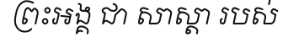
ព្រះអង្គ ជា សាស្តា របស់